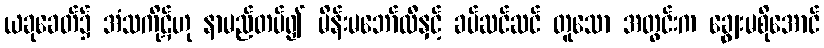
ယခုခေတ်၌ အံသကိုဋ်ဟု နာမည်တပ်၍ မိန်းမဘော်လီနှင့် ခပ်ဆင်ဆင် တူသော အတွင်းက ချွေးမစိုအောင်